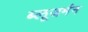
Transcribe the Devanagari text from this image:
ब्लूजर्मन